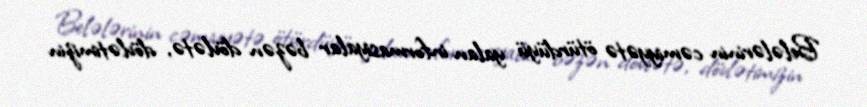
Belələrinin cəmiyyətə ötürdüyü yalan informasiyalar bəzən dövlətə, dövlətimizin